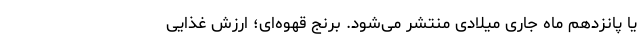
یا پانزدهم ماه جاری میلادی منتشر می‌شود. برنج قهوه‌ای؛ ارزش غذایی